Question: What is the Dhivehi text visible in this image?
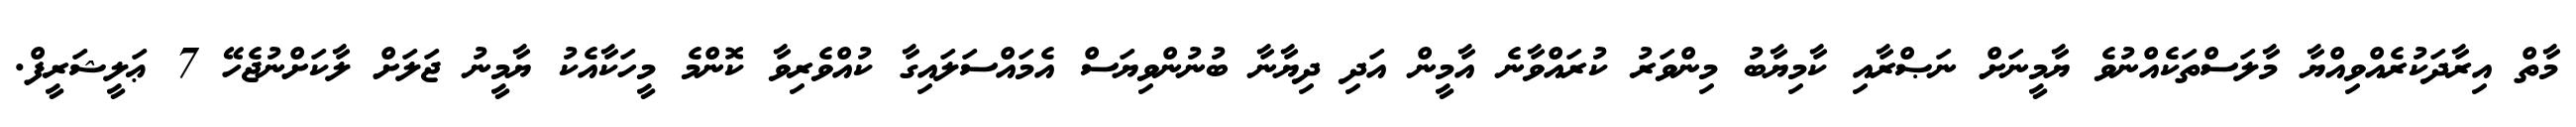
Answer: މާތް އިރާދަކުރެއްވިއްޔާ މާލަސްތަކެއްނުވެ ޔާމީނަށް ނަޞްރާއި ކާމިޔާބު މިންވަރު ކުރައްވާނެ އާމީން އަދި ދިޔާނާ ބުނުންވިޔަސް އެމައްސަލައިގާ ކުއްވެރިވާ ކޮންމެ މީހަކާއެކު ޔާމީނު ޖަލަށް ލާކަށްނުޖެހޭ 7 ޢަލީޝަރީފް.